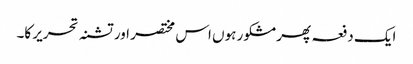
ایک دفعہ پھر مشکور ہوں اس مختصر اور تشنہ تحریر کا۔